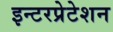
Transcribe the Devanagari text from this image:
इन्टरप्रेटेशन